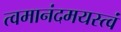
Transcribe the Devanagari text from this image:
त्वमानंदमयस्त्वं